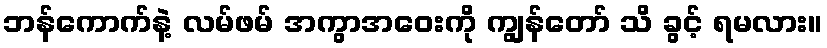
ဘန်ကောက်နဲ့ လမ်ဖမ် အကွာအဝေးကို ကျွန်တော် သိ ခွင့် ရမလား။